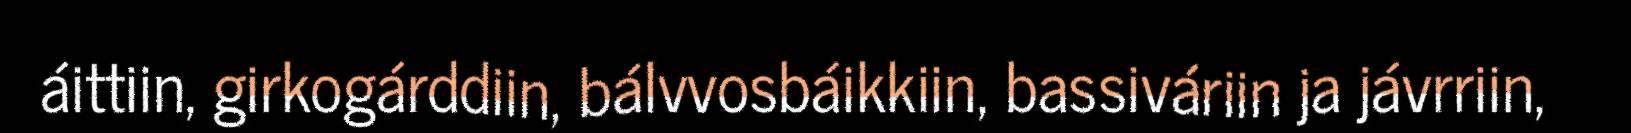
áittiin, girkogárddiin, bálvvosbáikkiin, bassiváriin ja jávrriin,